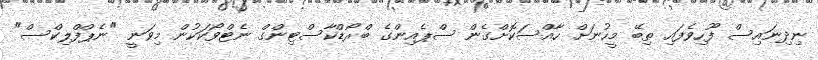
ނިދިނައިސް ފޫހިވެފައި ތިބޭ މީހުނަށް ހާއްސަކޮށްގެން ސްޕެއިންގެ ބްރޯޑްކާސްޓިންގް ނެޓްވޯކަކުން މިވަނީ "ނެޕްފްލިކްސް"